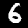
Digit: 6